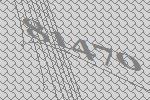
81470